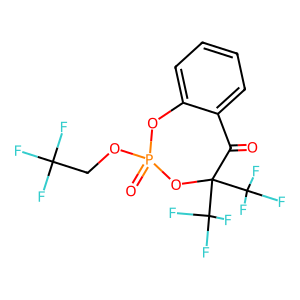
SMILES: O=C1c2ccccc2OP(=O)(OCC(F)(F)F)OC1(C(F)(F)F)C(F)(F)F
Inhibits HIV replication: No